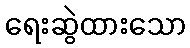
ရေးဆွဲထားသော